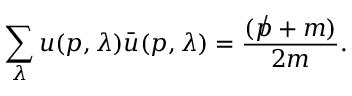
\sum _ { \lambda } u ( p , { \lambda } ) \bar { u } ( p , { \lambda } ) = \frac { ( \not p + m ) } { 2 m } .